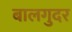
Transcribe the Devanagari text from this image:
बालगुदर